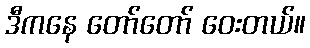
ဒီကနေ တော်တော် ဝေးတယ်။